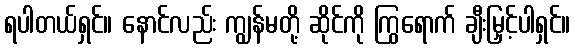
ရပါတယ်ရှင်။ နောင်လည်း ကျွန်မတို့ ဆိုင်ကို ကြွရောက် ချီးမြှင့်ပါရှင်။